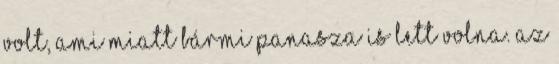
volt, ami miatt bármi panasza is lett volna. Az